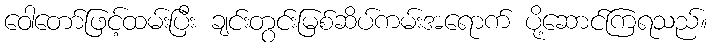
ဝေါတော်ဖြင့်ထမ်းပြီး ချင်းတွင်းမြစ်ဆိပ်ကမ်းအရောက် ပို့ဆောင်ကြရသည်။